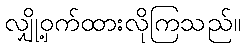
လျှို့ဝှက်ထားလိုကြသည်။